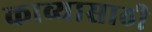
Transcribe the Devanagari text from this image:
काव्यासाठी